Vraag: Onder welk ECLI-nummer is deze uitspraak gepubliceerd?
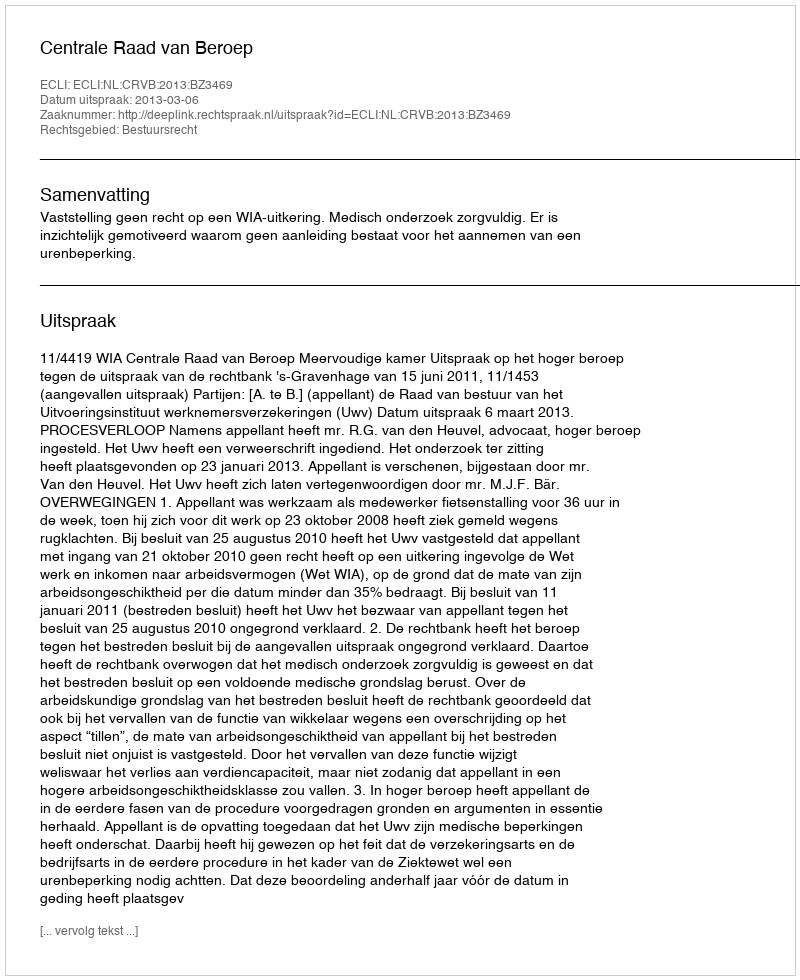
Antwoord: ECLI:NL:CRVB:2013:BZ3469